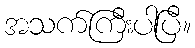
အသက်ကြီးပါပြီ။